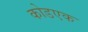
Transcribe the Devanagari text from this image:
कोडएक